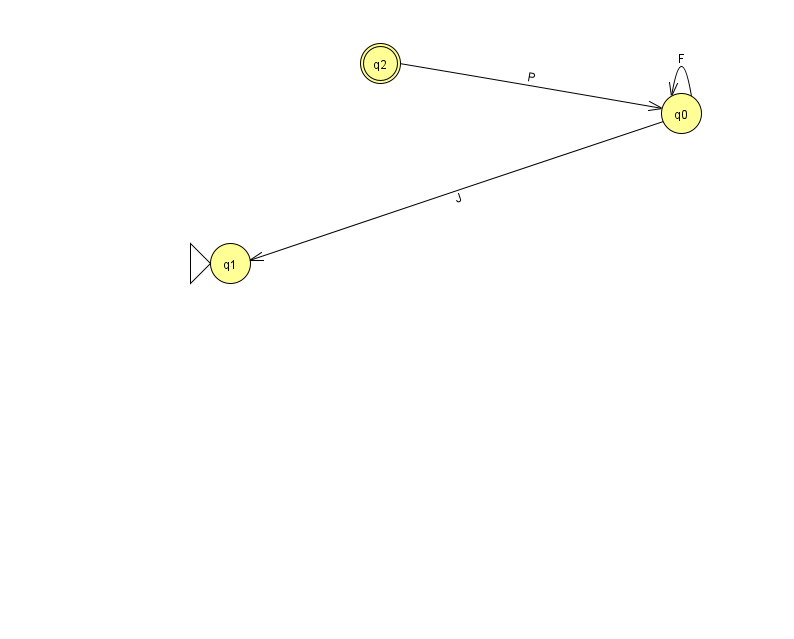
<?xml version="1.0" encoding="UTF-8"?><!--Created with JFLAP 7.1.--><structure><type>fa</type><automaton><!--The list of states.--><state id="0" name="q0"><x>681.0</x><y>100.0</y></state><state id="1" name="q1"><x>230.0</x><y>250.0</y><initial/></state><state id="2" name="q2"><x>380.0</x><y>50.0</y><final/></state><!--The list of transitions.--><transition><from>0</from><to>1</to><read>J</read></transition><transition><from>0</from><to>0</to><read>F</read></transition><transition><from>2</from><to>0</to><read>P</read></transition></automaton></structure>